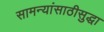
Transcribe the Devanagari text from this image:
सामन्यांसाठीसुद्धा